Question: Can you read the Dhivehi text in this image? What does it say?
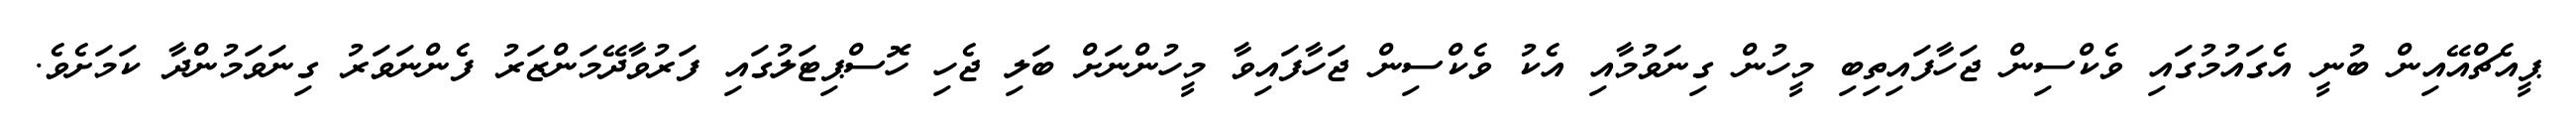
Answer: ޕީއެޗްއޭއިން ބުނީ އެގައުމުގައި ވެކްސިން ޖަހާފައިތިބި މީހުން ގިނަވުމާއި އެކު ވެކްސިން ޖަހާފައިވާ މީހުންނަށް ބަލި ޖެހި ހޮސްޕިޓަލުގައި ފަރުވާދޭމަންޒަރު ފެންނަވަރު ގިނަވަމުންދާ ކަމަށެވެ.